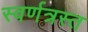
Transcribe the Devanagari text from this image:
स्वर्णत्रस्त